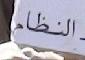
النظام